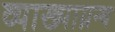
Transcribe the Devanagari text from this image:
व्याख्याग्रन्थ